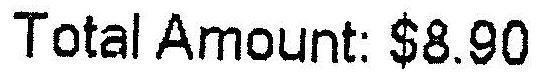
TOTAL AMOUNT: $8.90